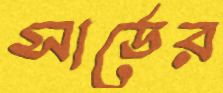
সার্ডের